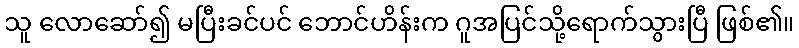
သူ လောဆော်၍ မပြီးခင်ပင် ဘောင်ဟိန်းက ဂူအပြင်သို့ရောက်သွားပြီ ဖြစ်၏။